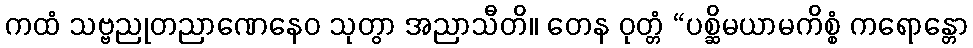
ကထံ သဗ္ဗညုတညာဏေနေဝ သုတွာ အညာသီတိ။ တေန ဝုတ္တံ “ပစ္ဆိမယာမကိစ္စံ ကရောန္တော